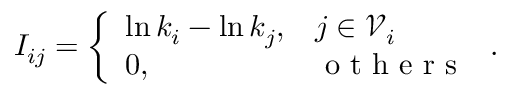
I _ { i j } = \left\{ \begin{array} { l l } { \ln k _ { i } - \ln k _ { j } , } & { j \in \mathscr { V } _ { i } } \\ { 0 , } & { \mathrm { ~ o ~ t ~ h ~ e ~ r ~ s ~ } } \end{array} \right. .